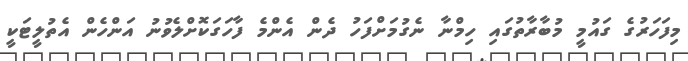
މިފަަހަރުގެ ގައުމީ މުބާރާތުގައި ހިމްނާ ނެގުމަށްފަހު ދެން އެންމެ ފާހަގަކޮށްލެވުނު އަންހެން އެތުލީޓަކީ